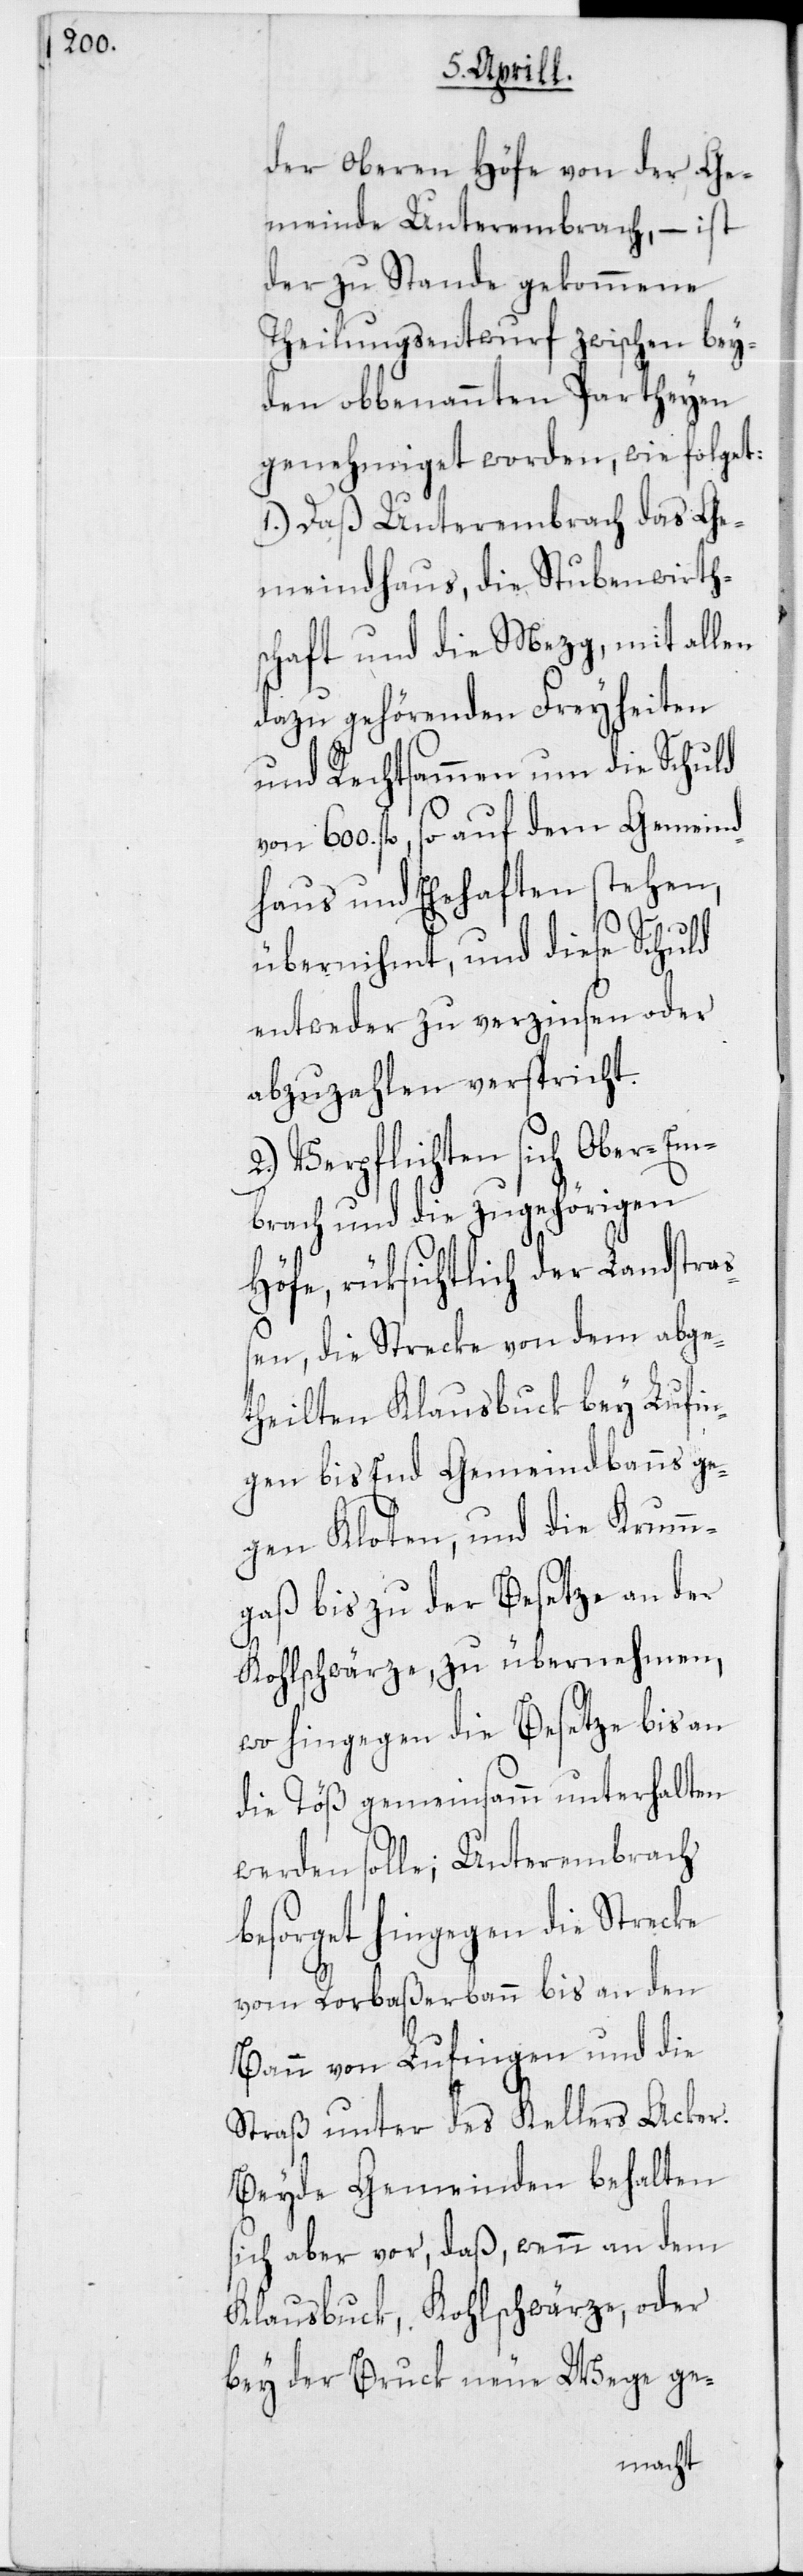
der oberen Höfe von der Ge¬
meinde Unterembrach, – ist
der zustande gekommene
Theilungsentwurf zwischen bey¬
den obbenannten Partheyen
genehmiget worden, wie folget:
1. Daß Unterembrach das Ge¬
meindhaus, die Stubenwirth¬
schaft und die Mezg, mit allen
dazu gehörenden Freyheiten
und Rechtsammen um die Schuld
von 600. fl., so auf dem Gemeind¬
haus und Ehehaften stehen,
übernihmt, und diese Schuld
entweder zu verzinsen oder
abzuzahlen verspricht.
2. Verpflichten sich Ober-Em¬
brach und die zugehörigen
Höfe, rüksichtlich der Landstraß¬
en, die Strecke von dem abge¬
theilten Klausbuck bey Lufin¬
gen bis End Gemeindbanns ge¬
gen Kloten, und die Krumm¬
gaß bis zu der Besetze an der
Kohlschwärze, zu übernehmen,
wo hingegen die Besetze bis an
die Töß gemeinsamm unterhalten
werden solle; Unterembrach
besorget hingegen die Strecke
vom Rorbaßerbann bis an den
Bann von Lufingen und die
Straß unter des Kellers Acker.
Beyde Gemeinden behalten
sich aber vor, daß wenn an dem
Klausbuck, Kohlschwärze, oder
bey der Bruck neue Wege ge-